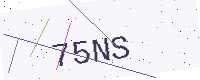
Text: 75NS